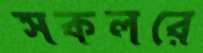
সকলরে